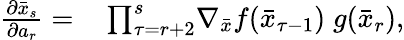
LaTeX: \begin{array}{rl}{\frac{\partial\bar{x}_{s}}{\partial a_{r}}=}&{{}\prod_{\tau=r+2}^{s}\! \nabla_{\bar{x}}f(\bar{x}_{\tau-1})\; g(\bar{x}_{r}),}\end{array}